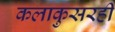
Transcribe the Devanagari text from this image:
कलाकुसरही